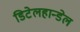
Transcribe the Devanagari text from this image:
डिटेलहान्डेल